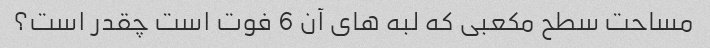
مساحت سطح مکعبی که لبه های آن 6 فوت است چقدر است؟